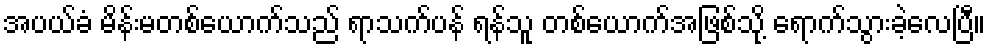
အပယ်ခံ မိန်းမတစ်ယောက်သည် ရာသက်ပန် ရန်သူ တစ်ယောက်အဖြစ်သို့ ရောက်သွားခဲ့လေပြီ။